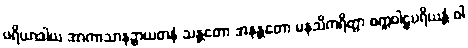
ပရိယာဒါယ အာကာသာနဉ္စာယတနံ သန္တတော အနန္တတော မနသိကရိတွာ စက္ကဝါဠပရိယန္တံ ဝါ